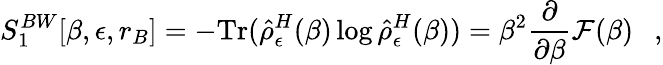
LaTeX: S_{1}^{BW}[\beta,\epsilon,r_{B}]=-\mathrm{Tr}(\hat{\rho}_{\epsilon}^{H}(\beta)\log\hat{\rho}_{\epsilon}^{H}(\beta))=\beta^{2}{\frac{\partial}{\partial\beta}}{\cal F}(\beta)~~~,